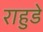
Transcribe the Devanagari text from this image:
राहुडे